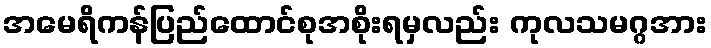
အမေရိကန်ပြည်ထောင်စုအစိုးရမှလည်း ကုလသမဂ္ဂအား